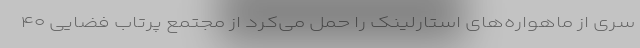
سری از ماهواره‌های استارلینک را حمل می‌کرد از مجتمع پرتاب فضایی ۴۰